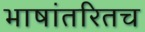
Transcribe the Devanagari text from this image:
भाषांतरितच